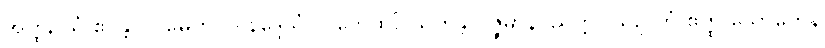
အတ္ထိ, ယံ ဧဝန္တိ ဝါ မေတိ ဝါ နိဒ္ဒေသံ လဘေထ? သုတန္တိ ဝိဇ္ဇမာနပညတ္တိ။ ယဉှိ တံ ဧတ္ထ သောတေန